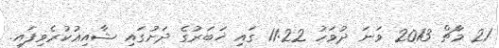
21 މާޗް 2013 ވަނަ ދުވަހު 11:22 ގައި ޚަބަރުގެ ދަށުގައި ޝާއިޢުކުރެވިފައި.